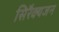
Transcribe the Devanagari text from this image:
सिरैक्यजन